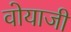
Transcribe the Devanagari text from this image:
वोयाजी